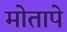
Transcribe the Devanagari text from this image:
मोतापे